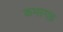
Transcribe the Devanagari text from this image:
कमरगढ़